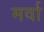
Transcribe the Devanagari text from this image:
मर्वा